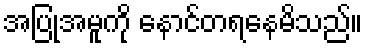
အပြုအမူကို နောင်တရနေမိသည်။